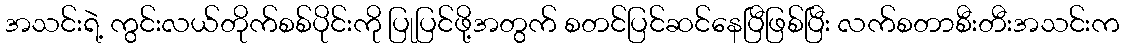
အသင်းရဲ့ ကွင်းလယ်တိုက်စစ်ပိုင်းကို ပြုပြင်ဖို့အတွက် စတင်ပြင်ဆင်နေပြီဖြစ်ပြီး လက်စတာစီးတီးအသင်းက